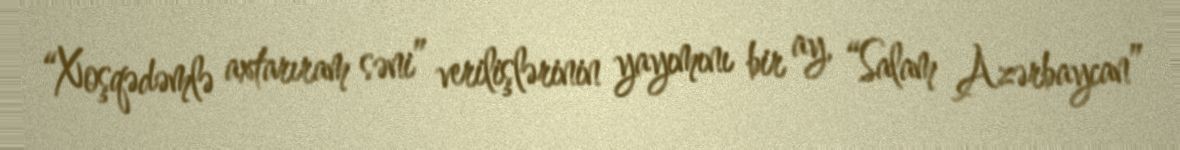
“Xoşqədəmlə axtarıram səni” verilişlərinin yayımını bir ay, “Salam Azərbaycan”